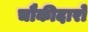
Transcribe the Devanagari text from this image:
चौकीदारो